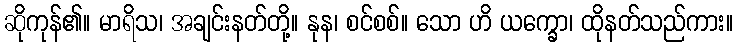
ဆိုကုန်၏။ မာရိသ၊ အချင်းနတ်တို့။ နုန၊ စင်စစ်။ သော ဟိ ယက္ခော၊ ထိုနတ်သည်ကား။